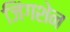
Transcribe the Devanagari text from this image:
जिंगशेन